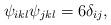
LaTeX: \begin{align*}\psi _{ikl}\psi _{jkl}=6\delta _{ij}, \end{align*}